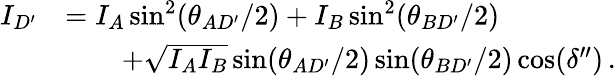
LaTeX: \begin{array}{rl}{I_{D^{\prime}}}&{=I_{A}\sin^{2}(\theta_{AD^{\prime}}/2)+I_{B}\sin^{2}(\theta_{BD^{\prime}}/2)}\\ &{\qquad+\sqrt{I_{A}I_{B}}\sin(\theta_{AD^{\prime}}/2)\sin(\theta_{BD^{\prime}}/2)\cos(\delta^{\prime\prime})\, .}\end{array}